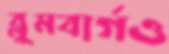
ব্লুমবার্গও